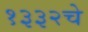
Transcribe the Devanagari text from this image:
१३३२चे